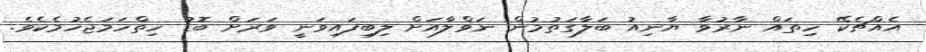
އެއްޗެކޭ ހިތައް ނާރުވާ ޔާނިއު ބަލާގަތުމުން ނަވްލާއަށް ލިބިފައިވަނީ ވަރަށް ބޮޑު ހިތްހަމަޖެހުމެކެވެ.